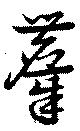
麞